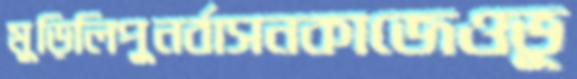
মুড়িলিপুনর্বাসনকাজেওভূ